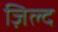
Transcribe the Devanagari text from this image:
ज़िल्द